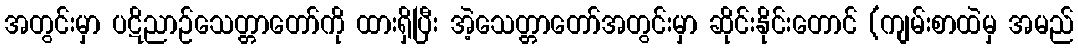
အတွင်းမှာ ပဋိညာဉ်သေတ္တာတော်ကို ထားရှိပြီး အဲ့သေတ္တာတော်အတွင်းမှာ ဆိုင်းနိုင်းတောင် (ကျမ်းစာထဲမှ အမည်